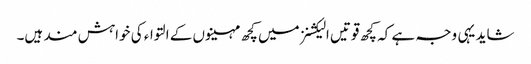
شاید یہی وجہ ہے کہ کچھ قوتیں الیکشنز میں کچھ مہینوں کے التواء کی خواہش مند ہیں۔